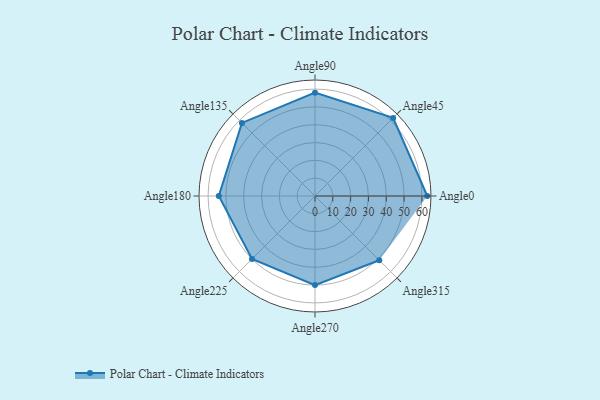
{"axis": {"x": "Angle", "y": "Radius"}, "legend": [""], "data": [{"x": "Angle0", "y": 63.0, "type": ""}, {"x": "Angle45", "y": 62.0, "type": ""}, {"x": "Angle90", "y": 58.0, "type": ""}, {"x": "Angle135", "y": 58.0, "type": ""}, {"x": "Angle180", "y": 54.0, "type": ""}, {"x": "Angle225", "y": 50, "type": ""}, {"x": "Angle270", "y": 50.0, "type": ""}, {"x": "Angle315", "y": 51.0, "type": ""}]}